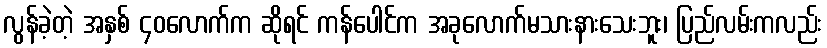
လွန်ခဲ့တဲ့ အနှစ် ၄၀လောက်က ဆိုရင် ကန်ပေါင်က အခုလောက်မသားနားသေးဘူး၊ ပြည်လမ်းကလည်း